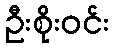
ဦးစိုးဝင်း